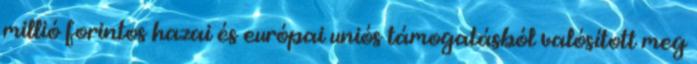
millió forintos hazai és európai uniós támogatásból valósított meg